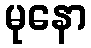
မုနော